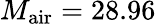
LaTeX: M_{\mathrm{air}}=28.96